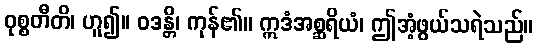
ဝုစ္စတီတိ၊ ဟူ၍။ ဝဒန္တိ၊ ကုန်၏။ ဣဒံအစ္ဆရိယံ၊ ဤအံ့ဖွယ်သရဲသည်။